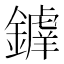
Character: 𨬲